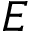
E